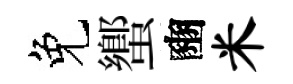
免蠁豳米